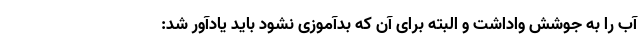
آب را به جوشش واداشت و البته برای آن که بدآموزی نشود باید یادآور شد: